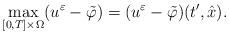
LaTeX: \begin{align*}\max_{[0,T]\times\Omega}(u^\varepsilon-\tilde{\varphi})=(u^\varepsilon-\tilde{\varphi})(t',\hat{x}).\end{align*}